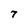
Character: 7